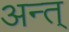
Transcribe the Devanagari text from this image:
अन्त्